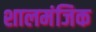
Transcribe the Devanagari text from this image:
शालमंजिक